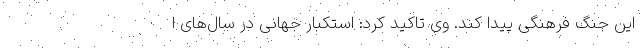
این جنگ فرهنگی پیدا کند. وی تاکید کرد: استکبار جهانی در سال‌های ا